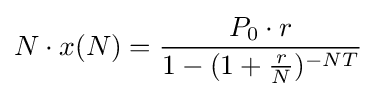
N\cdot x(N)={\frac {P_{0}\cdot r}{1-(1+{\frac {r}{N}})^{-NT}}}